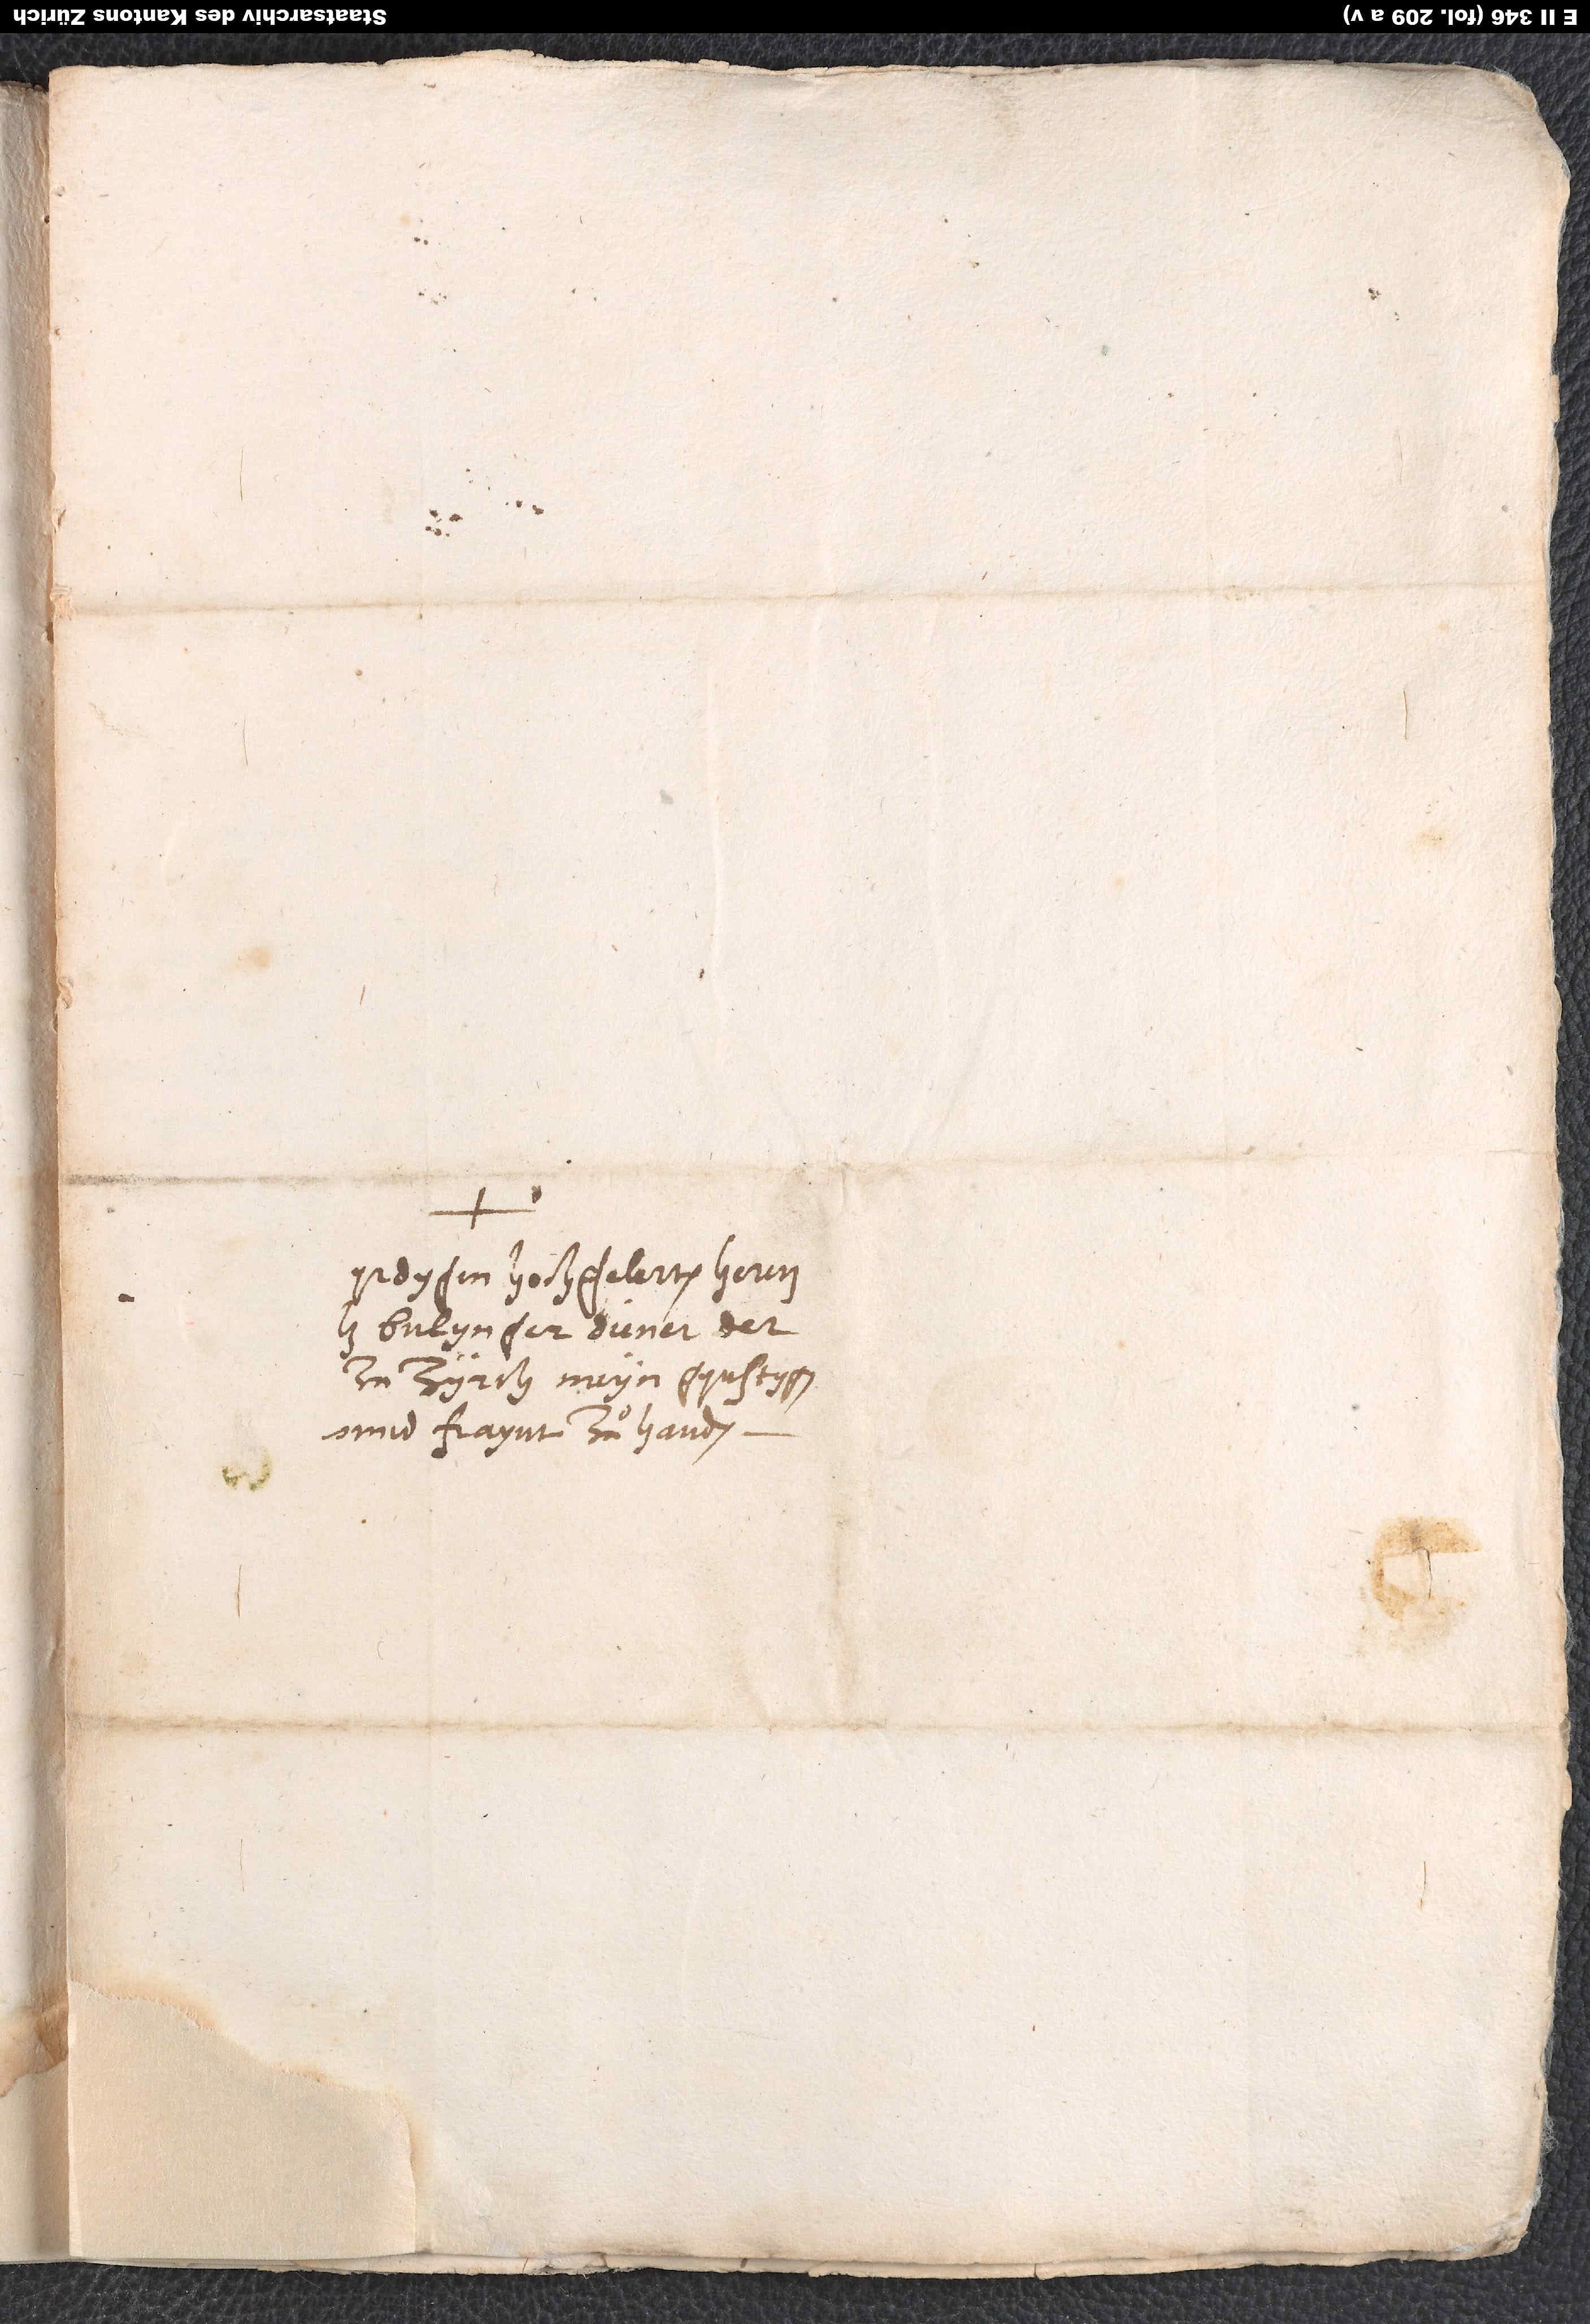
Wyrdyger, hochgelerter her
unnd fraynt, zuͦ handen.